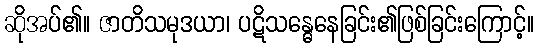
ဆိုအပ်၏။ ဇာတိသမုဒယာ၊ ပဋိသန္ဓေနေခြင်း၏ဖြစ်ခြင်းကြောင့်။